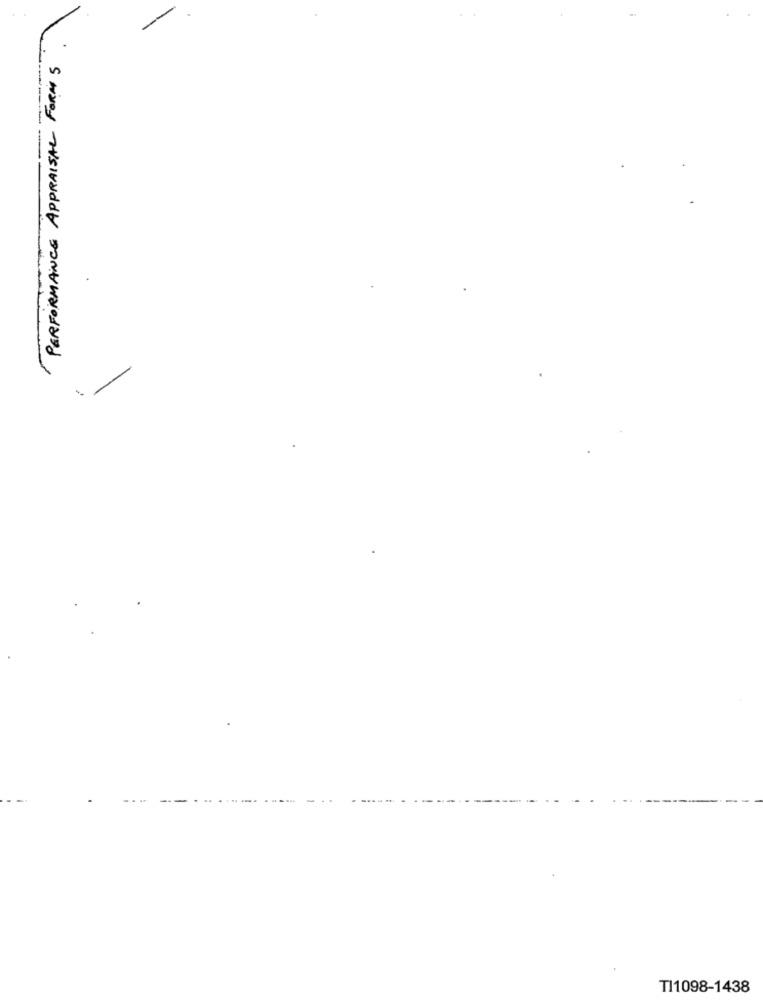
PERFORMANCE APPRAISAL FORMS
TI1098-1438